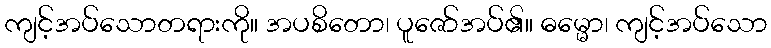
ကျင့်အပ်သောတရားကို။ အပစိတော၊ ပူဇော်အပ်၏။ ဓမ္မော၊ ကျင့်အပ်သော